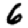
Digit: 6